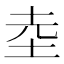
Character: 坴